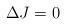
LaTeX: \begin{align*} \Delta J=0 \end{align*}